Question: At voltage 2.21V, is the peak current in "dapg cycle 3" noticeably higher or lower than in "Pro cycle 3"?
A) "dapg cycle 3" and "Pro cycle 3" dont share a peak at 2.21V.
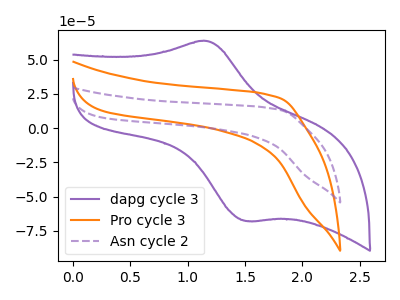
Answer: <think>The purple curve "dapg cycle 3" has an anodic peak at (1.15V, 63.60uA) and a cathodic peak at (1.50V, -67.85uA). The orange curve "Pro cycle 3" has no peaks. The purple dashed curve "Asn cycle 2" has no peaks.</think>
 <answer>A) "dapg cycle 3" and "Pro cycle 3" dont share a peak at 2.21V.</answer>
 <eval>A</eval>